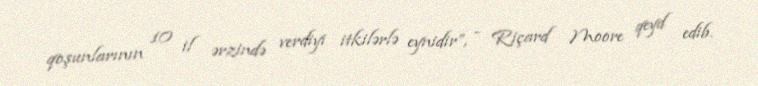
qoşunlarının 10 il ərzində verdiyi itkilərlə eynidir”, - Riçard Moore qeyd edib.